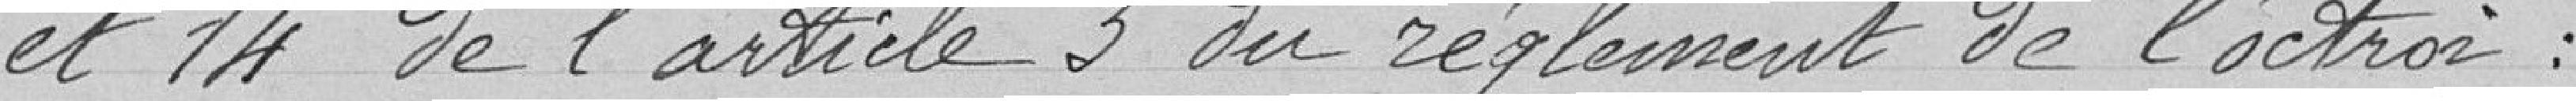
et 14 de l'article 3 du règlement de l'octroi :